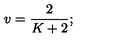
v { } = { } { \frac { 2 } { K + 2 } } { } ;